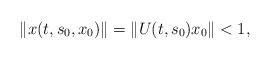
LaTeX: \begin{align*}\|x(t,s_0,x_0)\|=\|U(t,s_0)x_0\|<1,\end{align*}